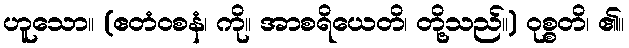
ဟူသော။ (ဧတံဝစနံ၊ ကို။ အာစရိယေတိ၊ တို့သည်။) ဝုစ္စတိ၊ ၏။